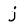
Character: j